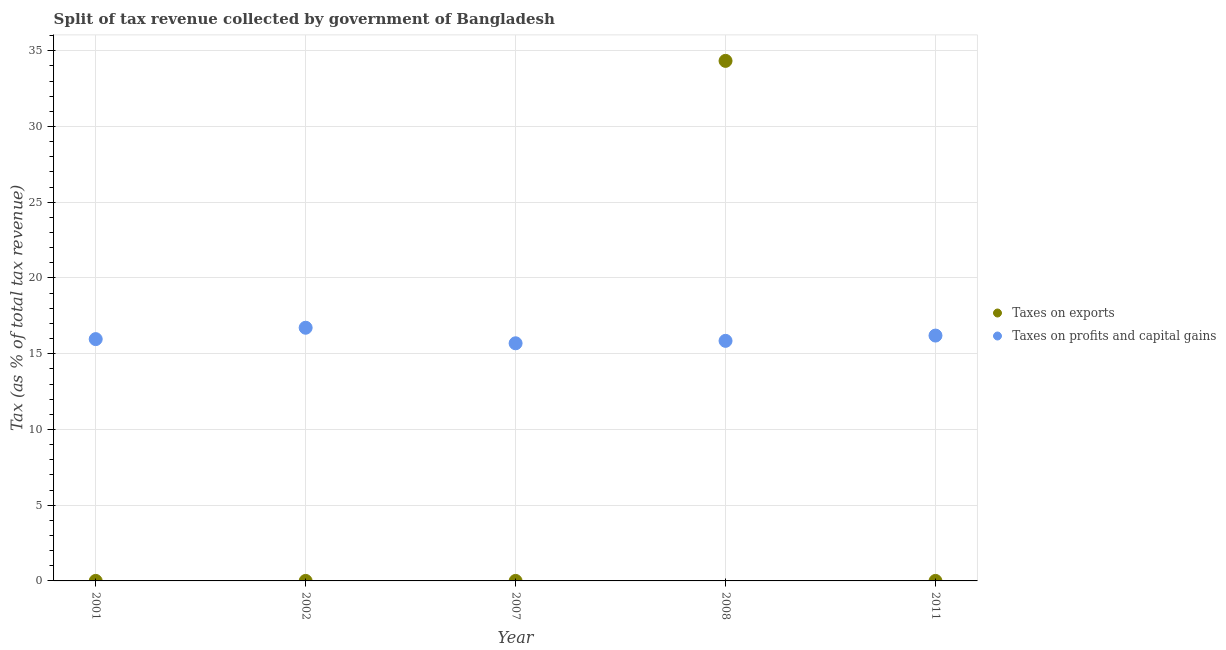
| Year | Taxes on exports | Taxes on profits and capital gains |
 | --- | --- | --- |
 | 2001 | 0.0013 | 16 |
 | 2002 | 4.76e-06 | 16.7 |
 | 2007 | 8.89e-05 | 15.7 |
 | 2008 | 34.3 | 15.9 |
 | 2011 | 1.01e-06 | 16.2 |